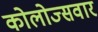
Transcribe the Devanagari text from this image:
कोलोज्सवार